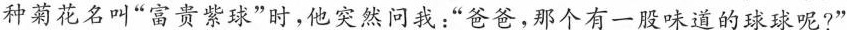
种菊花名叫”富贵紫球”时，他突然问我：”爸爸，那个有一股味道的球球呢?”